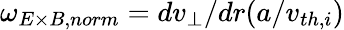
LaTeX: \omega_{E\times B,norm}=dv_{\perp}/dr(a/v_{th,i})